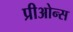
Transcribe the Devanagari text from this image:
प्रीओन्स